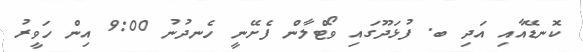
ކޮނޑޭއާއި އަދި ބ. ފުޅަދޫގައި ވޯޓްލާން ފެށޭނީ ހެނދުނު 9:00 އިން ހަވީރު